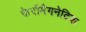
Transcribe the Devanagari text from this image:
फेर्रोमैगनेटिक